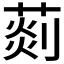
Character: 𦵹